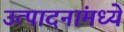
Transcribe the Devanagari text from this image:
उत्पादनांमध्‍ये